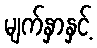
မျက်နှာနှင့်